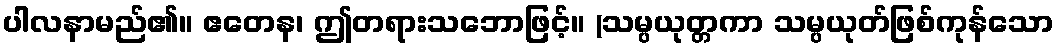
ပါလနာမည်၏။ ဧတေန၊ ဤတရားသဘောဖြင့်။ (သမ္ပယုတ္တကာ သမ္ပယုတ်ဖြစ်ကုန်သော